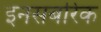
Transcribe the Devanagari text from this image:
इनसबरिक